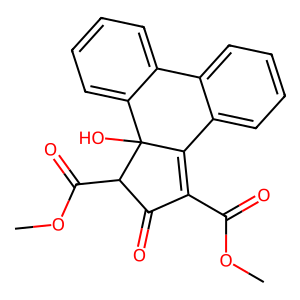
SMILES: COC(=O)C1=C2c3ccccc3-c3ccccc3C2(O)C(C(=O)OC)C1=O
Inhibits HIV replication: No